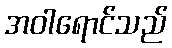
အဝါရောင်သည်